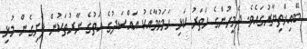
ބޭއިޚްތިޔާރުގައެވެ. ދެމީހުންގެ ހަތަރު ކަޅި ހަމަވުމާއެކު އައްސަދުގެ އަތުގެ ނާރުތަކުން ފެށިގެން މުޅި